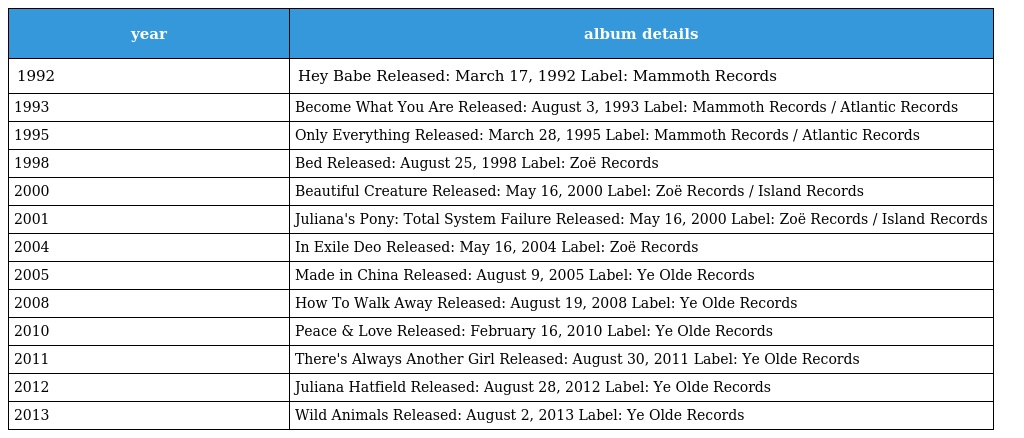
| year | album details |
 | --- | --- |
 | 1992 | Hey Babe Released: March 17, 1992 Label: Mammoth Records |
 | 1993 | Become What You Are Released: August 3, 1993 Label: Mammoth Records / Atlantic Records |
 | 1995 | Only Everything Released: March 28, 1995 Label: Mammoth Records / Atlantic Records |
 | 1998 | Bed Released: August 25, 1998 Label: Zoë Records |
 | 2000 | Beautiful Creature Released: May 16, 2000 Label: Zoë Records / Island Records |
 | 2001 | Juliana's Pony: Total System Failure Released: May 16, 2000 Label: Zoë Records / Island Records |
 | 2004 | In Exile Deo Released: May 16, 2004 Label: Zoë Records |
 | 2005 | Made in China Released: August 9, 2005 Label: Ye Olde Records |
 | 2008 | How To Walk Away Released: August 19, 2008 Label: Ye Olde Records |
 | 2010 | Peace & Love Released: February 16, 2010 Label: Ye Olde Records |
 | 2011 | There's Always Another Girl Released: August 30, 2011 Label: Ye Olde Records |
 | 2012 | Juliana Hatfield Released: August 28, 2012 Label: Ye Olde Records |
 | 2013 | Wild Animals Released: August 2, 2013 Label: Ye Olde Records |